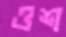
ওশ